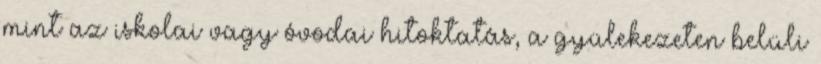
mint az iskolai vagy óvodai hitoktatás, a gyülekezeten belüli